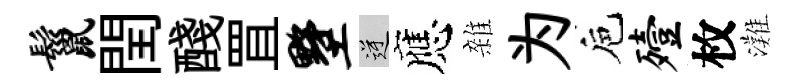
鬣閏醆罝墅逆應雜为巵殪枚灘